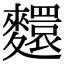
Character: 𪍺